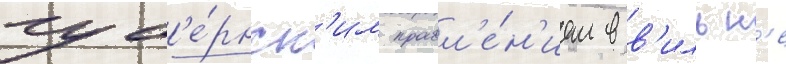
губ'е́рнск'им правл'е́н'ием в в'ильн'е